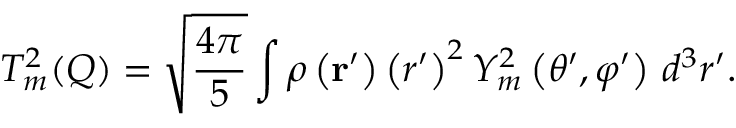
T _ { m } ^ { 2 } ( Q ) = { \sqrt { \frac { 4 \pi } { 5 } } } \int \rho \left( \mathbf { r } ^ { \prime } \right) \left( r ^ { \prime } \right) ^ { 2 } Y _ { m } ^ { 2 } \left( \theta ^ { \prime } , \varphi ^ { \prime } \right) \, d ^ { 3 } r ^ { \prime } .